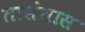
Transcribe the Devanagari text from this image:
तासंतास